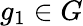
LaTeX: g_{1}\in G